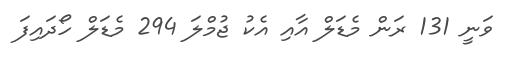
ވަނީ 131 ރަން މެޑަލް އާއި އެކު ޖުމްލަ 294 މެޑަލް ހޯދައިފަ